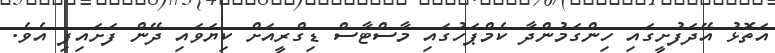
އަތޮޅު އޭދަފުށީގައި ހިންގަމުންދާ ކެމްޕަހުގައި މާސްޓާސް ޑިގްރީއަށް ކިޔަވައި ދޭން ފަށައިފި އެވެ.